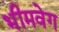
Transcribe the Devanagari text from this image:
भीमवेग